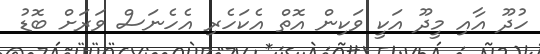
ހުދޫ އާއި މީދޫ އަކީ ވަކިން އޮތް އެކަހެރި އެހެނަސް ވަރަށް ބޮޑު